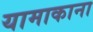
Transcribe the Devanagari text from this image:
यामाकाना